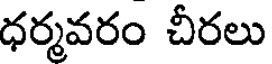
ధర్మవరం చీరలు